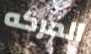
الحركه